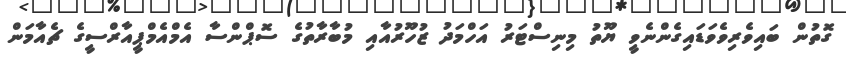
ގޮތުން ބައިވެރިވެވަޑައިގެންނެވީ ޔޫތު މިނިސްޓަރު އަހްމަދު ޒުހޫރުއާއި މުބާރާތުގެ ސޮޕްންސާ އެމްއެމްޕީއާރްސީގެ ޗެއާމަން